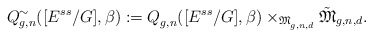
\begin{align*}{Q}^{\sim}_{g,n}([E^{ss}/G], \beta):= {Q}^{}_{g,n}([E^{ss}/G],\beta)\times_{\mathfrak{M}^{}_{g,n,d}} \tilde{\mathfrak{M}}_{g,n,d}.\end{align*}